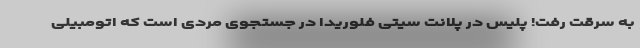
به سرقت رفت! پلیس در پلانت سیتی فلوریدا در جستجوی مردی است که اتومبیلی